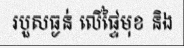
របួសធ្ងន់ លើផ្ទៃមុខ និង